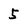
Character: 5